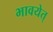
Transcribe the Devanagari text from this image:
भावयेत्‌